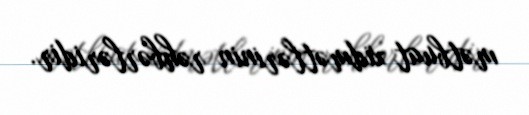
mətbuat xidmətlərinin rəhbərləridir.